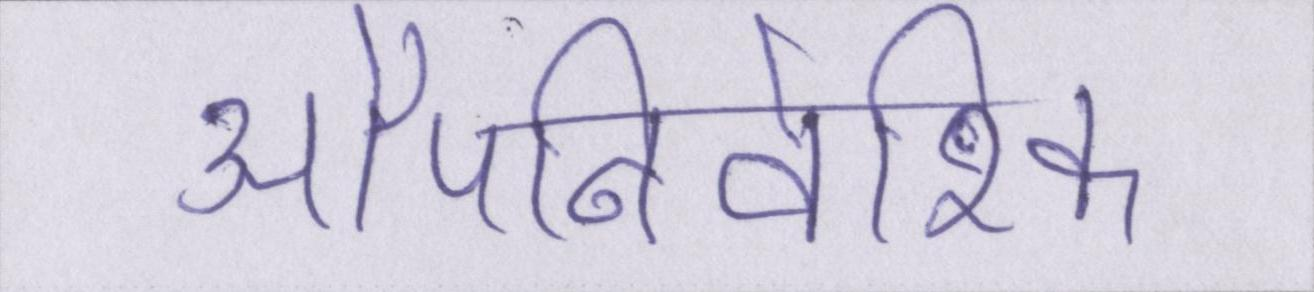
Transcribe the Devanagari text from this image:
औपनिवेशिक